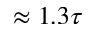
\approx 1 . 3 \tau